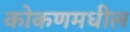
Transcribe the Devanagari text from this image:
कोकणमधील